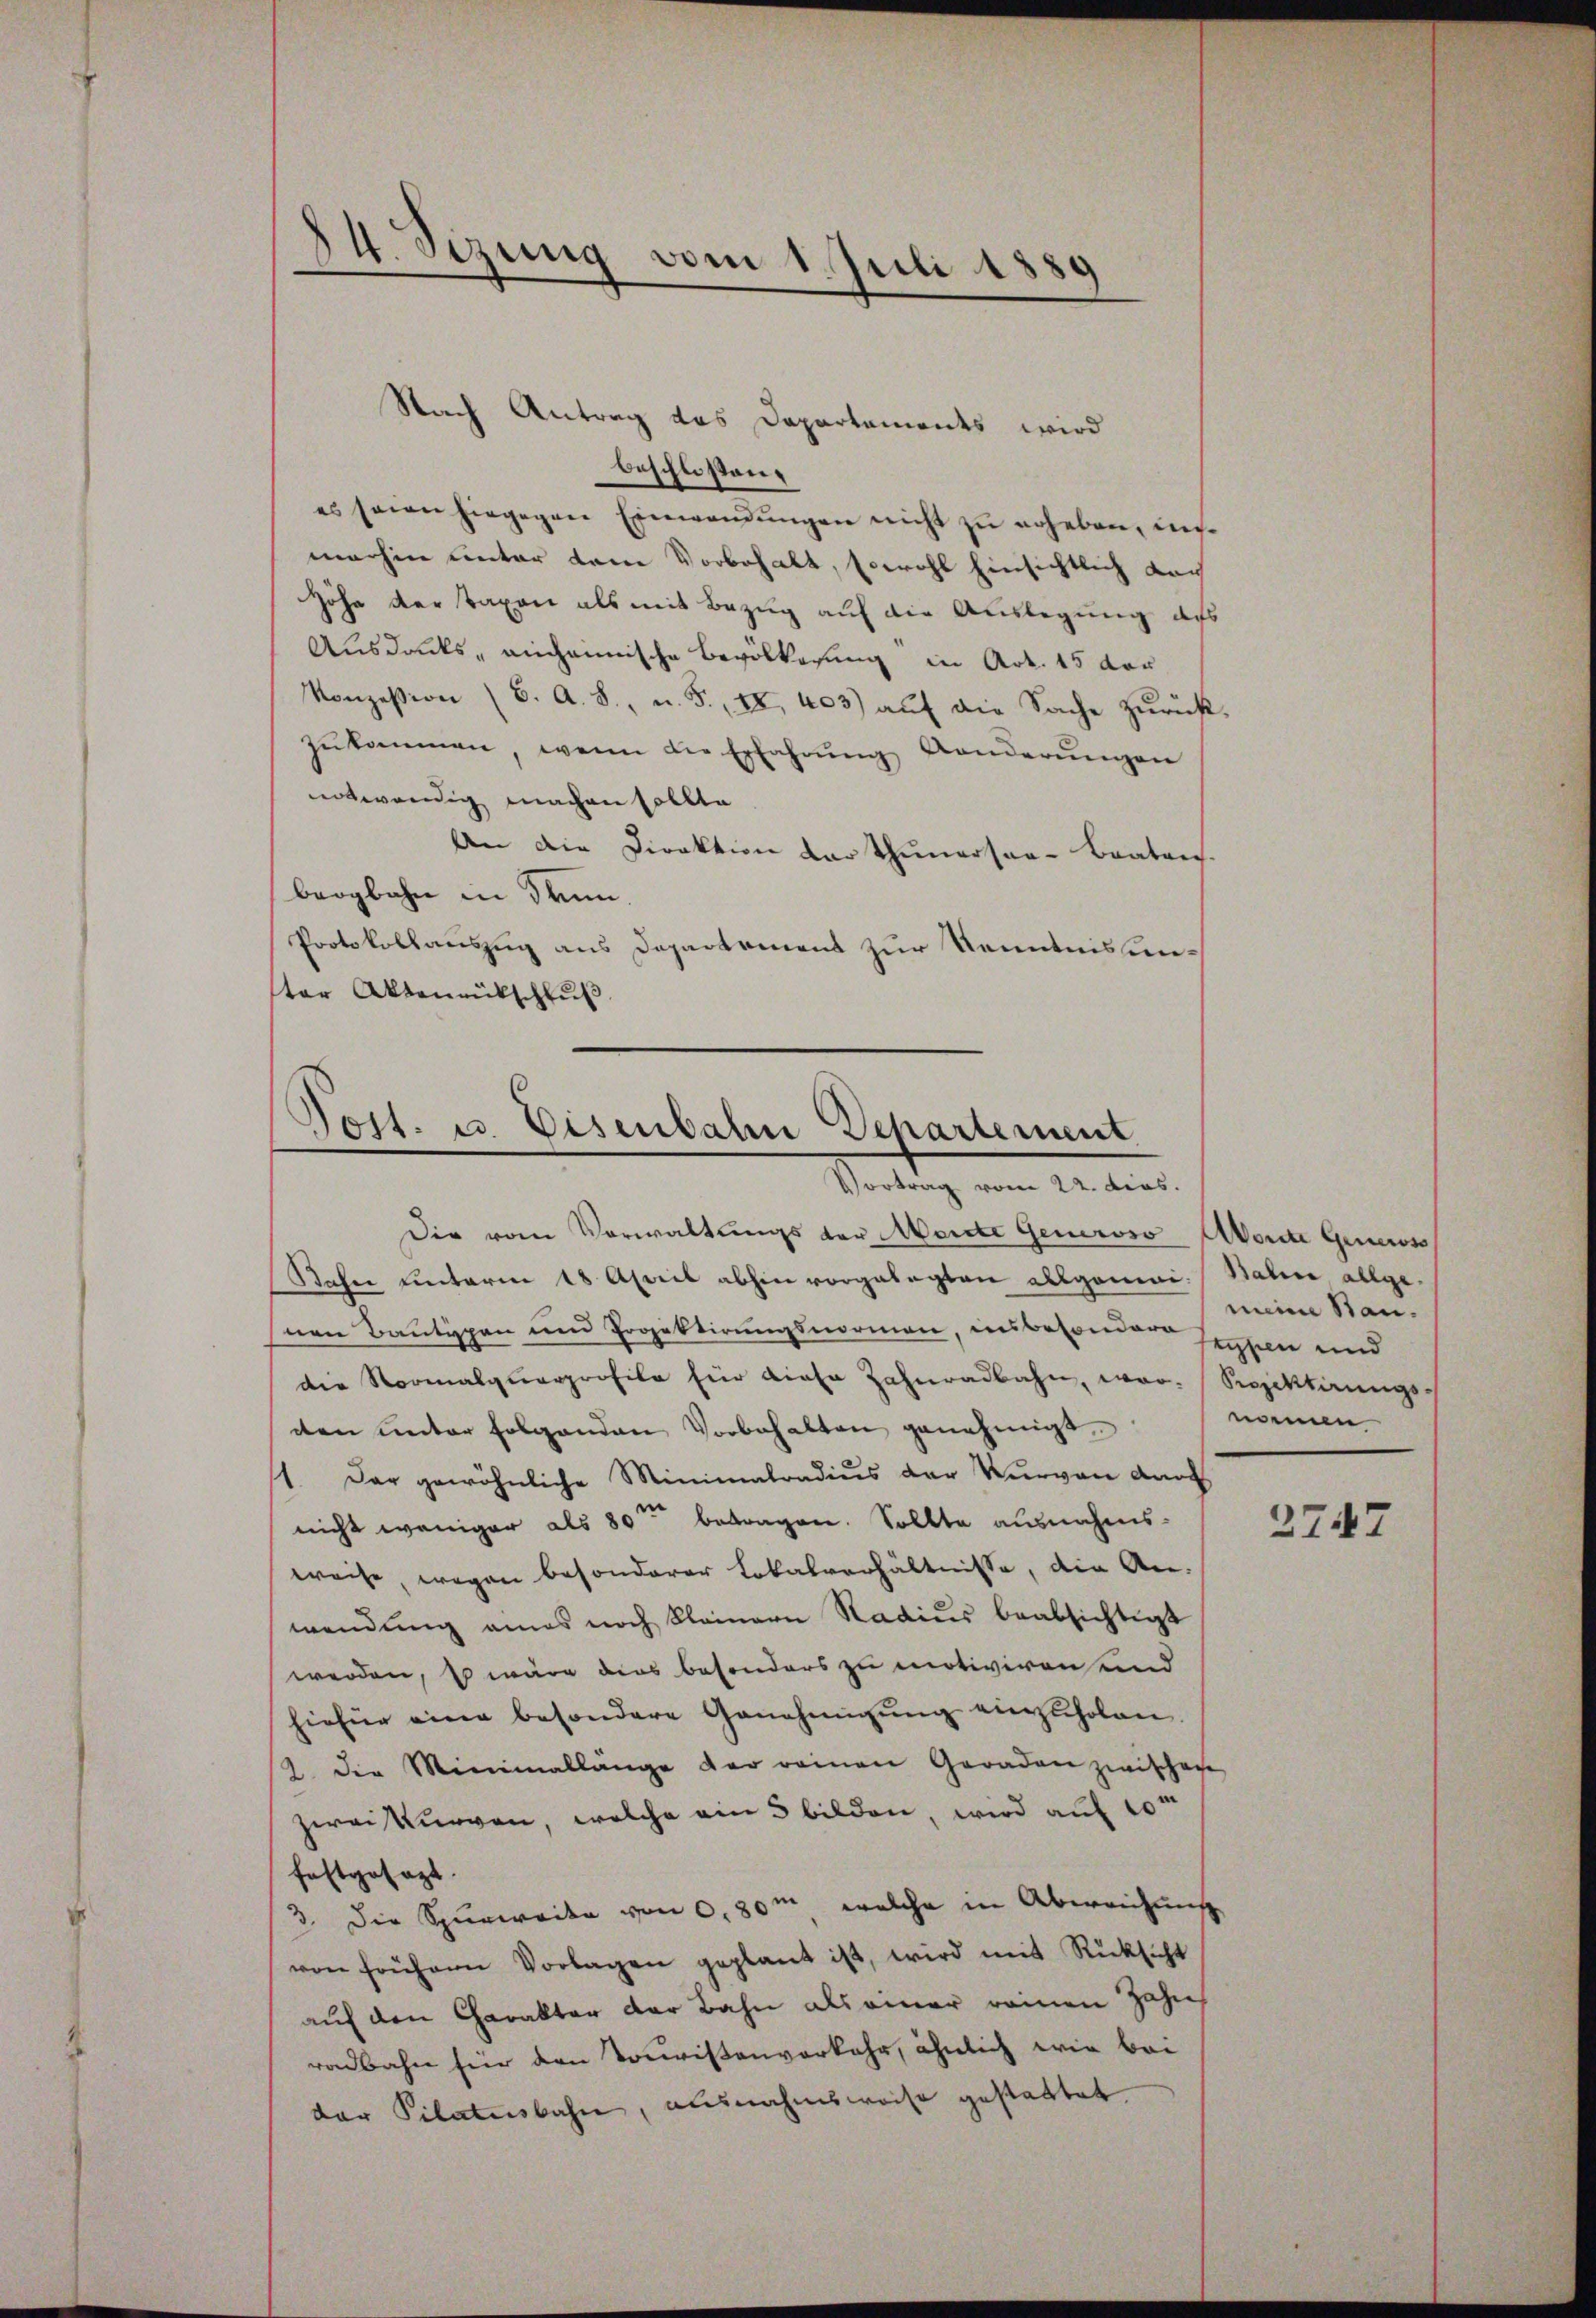
beschlossen.
es seien hingegen Einwendŭngen nicht zu erheben, unmachen unter dene Vorbehalt, sowohl Einsichtlich dach
Höhe der Taxen als mit Bezug auf die Auslegung des
Ausdacks anheimische Bevölkerung in Art. 15 vor
Konzession (S. A. S., u. F. IX, 403) aŭf die Sache zŭrück-
zŭkommen, wenn die Erfahrŭng Aenderŭngen
notwendig machen sollte
An die Direktion der Thunersaa-Beatres.
bergbahn in drun¬
Protokollauszug aus Departement zur Kenntnissenter Aktenrütschlŭβ

Raher unterm 18 April abhin vorgelegten allgemei-Bahin allge-
nen Bautypen und Projektirungsnormen, insbesondere suppen und
die Normalquarprofile für diese Zahnradbahn, war. Seppektirungs-
dten unter folgenden Vorbehalten genehmigt.
1. Der gewöhnliche Minimatradius der Vervon durch
nicht weniger als 80ten betragen. Sollte ausnahms-
weise, wegen besonderer Lokalverhältnisse, die An-
wendung amas noch kleinern Stadius beabsichtigt
werden, Es wäre dies besonders zu motiviren und
hiefür eine besondere Genehmigŭng einzŭholen.
2. Die Minimallänge der reinen Geraden zwischen
zwei Kurven, welche ein 5 bilden, wird auf 10
festgesezt.
3. Die Spurwaike von 0,80m welche in Abereichung
von frühern Vorlagen geplant ist, wird mit Rücksicht
auf den Charakter der Bahn als einer reinen Zahn
radbahn für den Touristenverkehr, ähnlich wie bei
der Pilatusbahn, ausnahmsweise gestattet.

d
4. Sizung vom 1. Juli 1889

Nach Antrag das Departements wird

d
Post. u. Eisenbahn Departement
Vortrag vom 22. dies.
Die vom Vorwaltungs der Meiste Generoso Aborte Geneross

meine Stannamen

2747